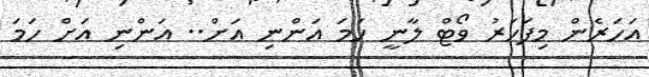
އަހަރެން މިފަހަރު ވޯޓް ލާނީ ހަމަ އަންނި އަށް.. އަންނި އަށް ހަމަ